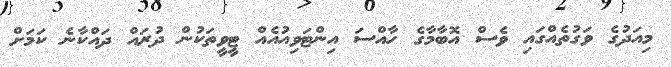
މިއަދުގެ ވަގުތެއްގައި ވެސް އޮބާމާގެ ހާއްސަ އިންޓަވިއުއެއް ޓީވީތަކުން ދުރައް ދައްކާނެ ކަމަށް